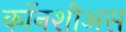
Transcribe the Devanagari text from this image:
कॉनशीअस